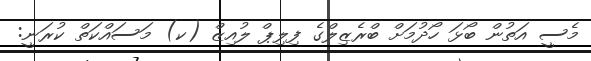
މެސީ އަތުން ބޯޅަ ހޯދުމަށް ބްރެޒިލްގެ ފިލިޕް ލުއިޒް (ކ) މަސައްކަތް ކުރަނީ: